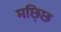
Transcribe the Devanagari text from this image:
मछ्छि